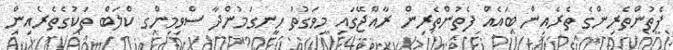
ފެތުންތެރިންގެ ތެރެއިން ބައެއް ފެތުންތެރިން ރާއްޖޭގައި މިވަގުތު ހިނގަމުންދާ ސްވިމިންގ ކްލަބް ތަކުގެތެރެއިން